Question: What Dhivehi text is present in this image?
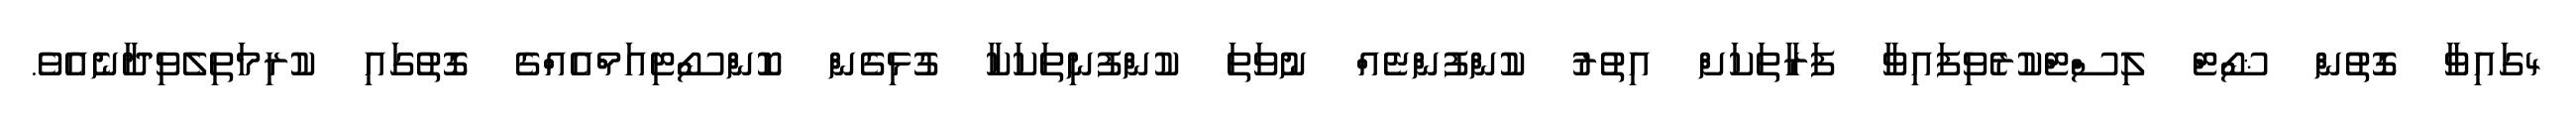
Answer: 4ގައިވާ ގޮތުން ޝޯޓް ލިސްޓްކުރެވިފައިވާ ފަރާތަކަށް އިތުރު ކުންފުންޏެއް ނުވަތަ ކުންފުނިތަކަކާ ގުޅިގެން ކޮންސޯޓިއަމްއެއްގެ ގޮތުގައި ކުރިމަތިލެވިދާނެއެވެ.